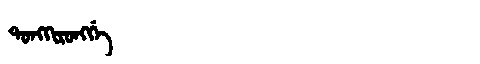
Manchu: ᡨᠣᠩᡴᡳᡵᠣᠩᡤᡝ
Romanization: TONGKIRONGGE